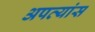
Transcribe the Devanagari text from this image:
अपत्यांस